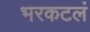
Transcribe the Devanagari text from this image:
भरकटलं